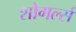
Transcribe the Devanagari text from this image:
शोगर्ल्स